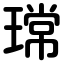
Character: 瑺